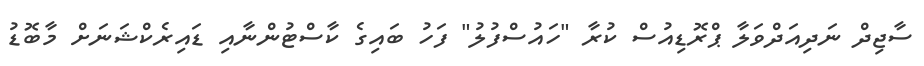
ސާޖިދް ނަދިއަދްވަލާ ޕްރޮޑިއުސް ކުރާ "ހައުސްފުލު" ފަހު ބައިގެ ކާސްޓުންނާއި ޑައިރެކްޝަނަށް މާބޮޑު